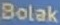
Bolak